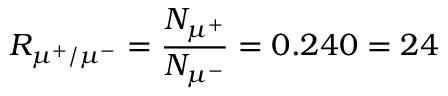
R _ { \mu ^ { + } / \mu ^ { - } } = \frac { N _ { \mu ^ { + } } } { N _ { \mu ^ { - } } } = 0 . 2 4 0 = 2 4 \